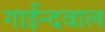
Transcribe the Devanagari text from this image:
गाईन्दवाल